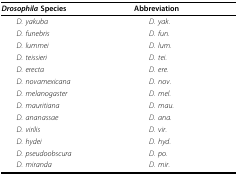
<table><thead><tr><td><b><i>Drosophila </i>Species</b></td><td><b>Abbreviation</b></td></tr></thead><tbody><tr><td> <i>D. yakuba</i></td><td> <i>D. yak</i>.</td></tr><tr><td> <i>D. funebris</i></td><td> <i>D. fun</i>.</td></tr><tr><td> <i>D. lummei</i></td><td> <i>D. lum</i>.</td></tr><tr><td> <i>D. teissieri</i></td><td> <i>D. tei</i>.</td></tr><tr><td> <i>D. erecta</i></td><td> <i>D. ere</i>.</td></tr><tr><td> <i>D. novamexicana</i></td><td> <i>D. nov</i>.</td></tr><tr><td> <i>D. melanogaster</i></td><td> <i>D. mel</i>.</td></tr><tr><td> <i>D. mauritiana</i></td><td> <i>D. mau</i>.</td></tr><tr><td> <i>D. ananassae</i></td><td> <i>D. ana</i>.</td></tr><tr><td> <i>D. virilis</i></td><td> <i>D. vir</i>.</td></tr><tr><td> <i>D. hydei</i></td><td> <i>D. hyd</i>.</td></tr><tr><td> <i>D. pseudoobscura</i></td><td> <i>D. po</i>.</td></tr><tr><td> <i>D. miranda</i></td><td> <i>D. mir</i>.</td></tr></tbody></table>